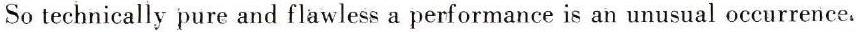
So technically pure and flawless a performance is an unusual occurrence.